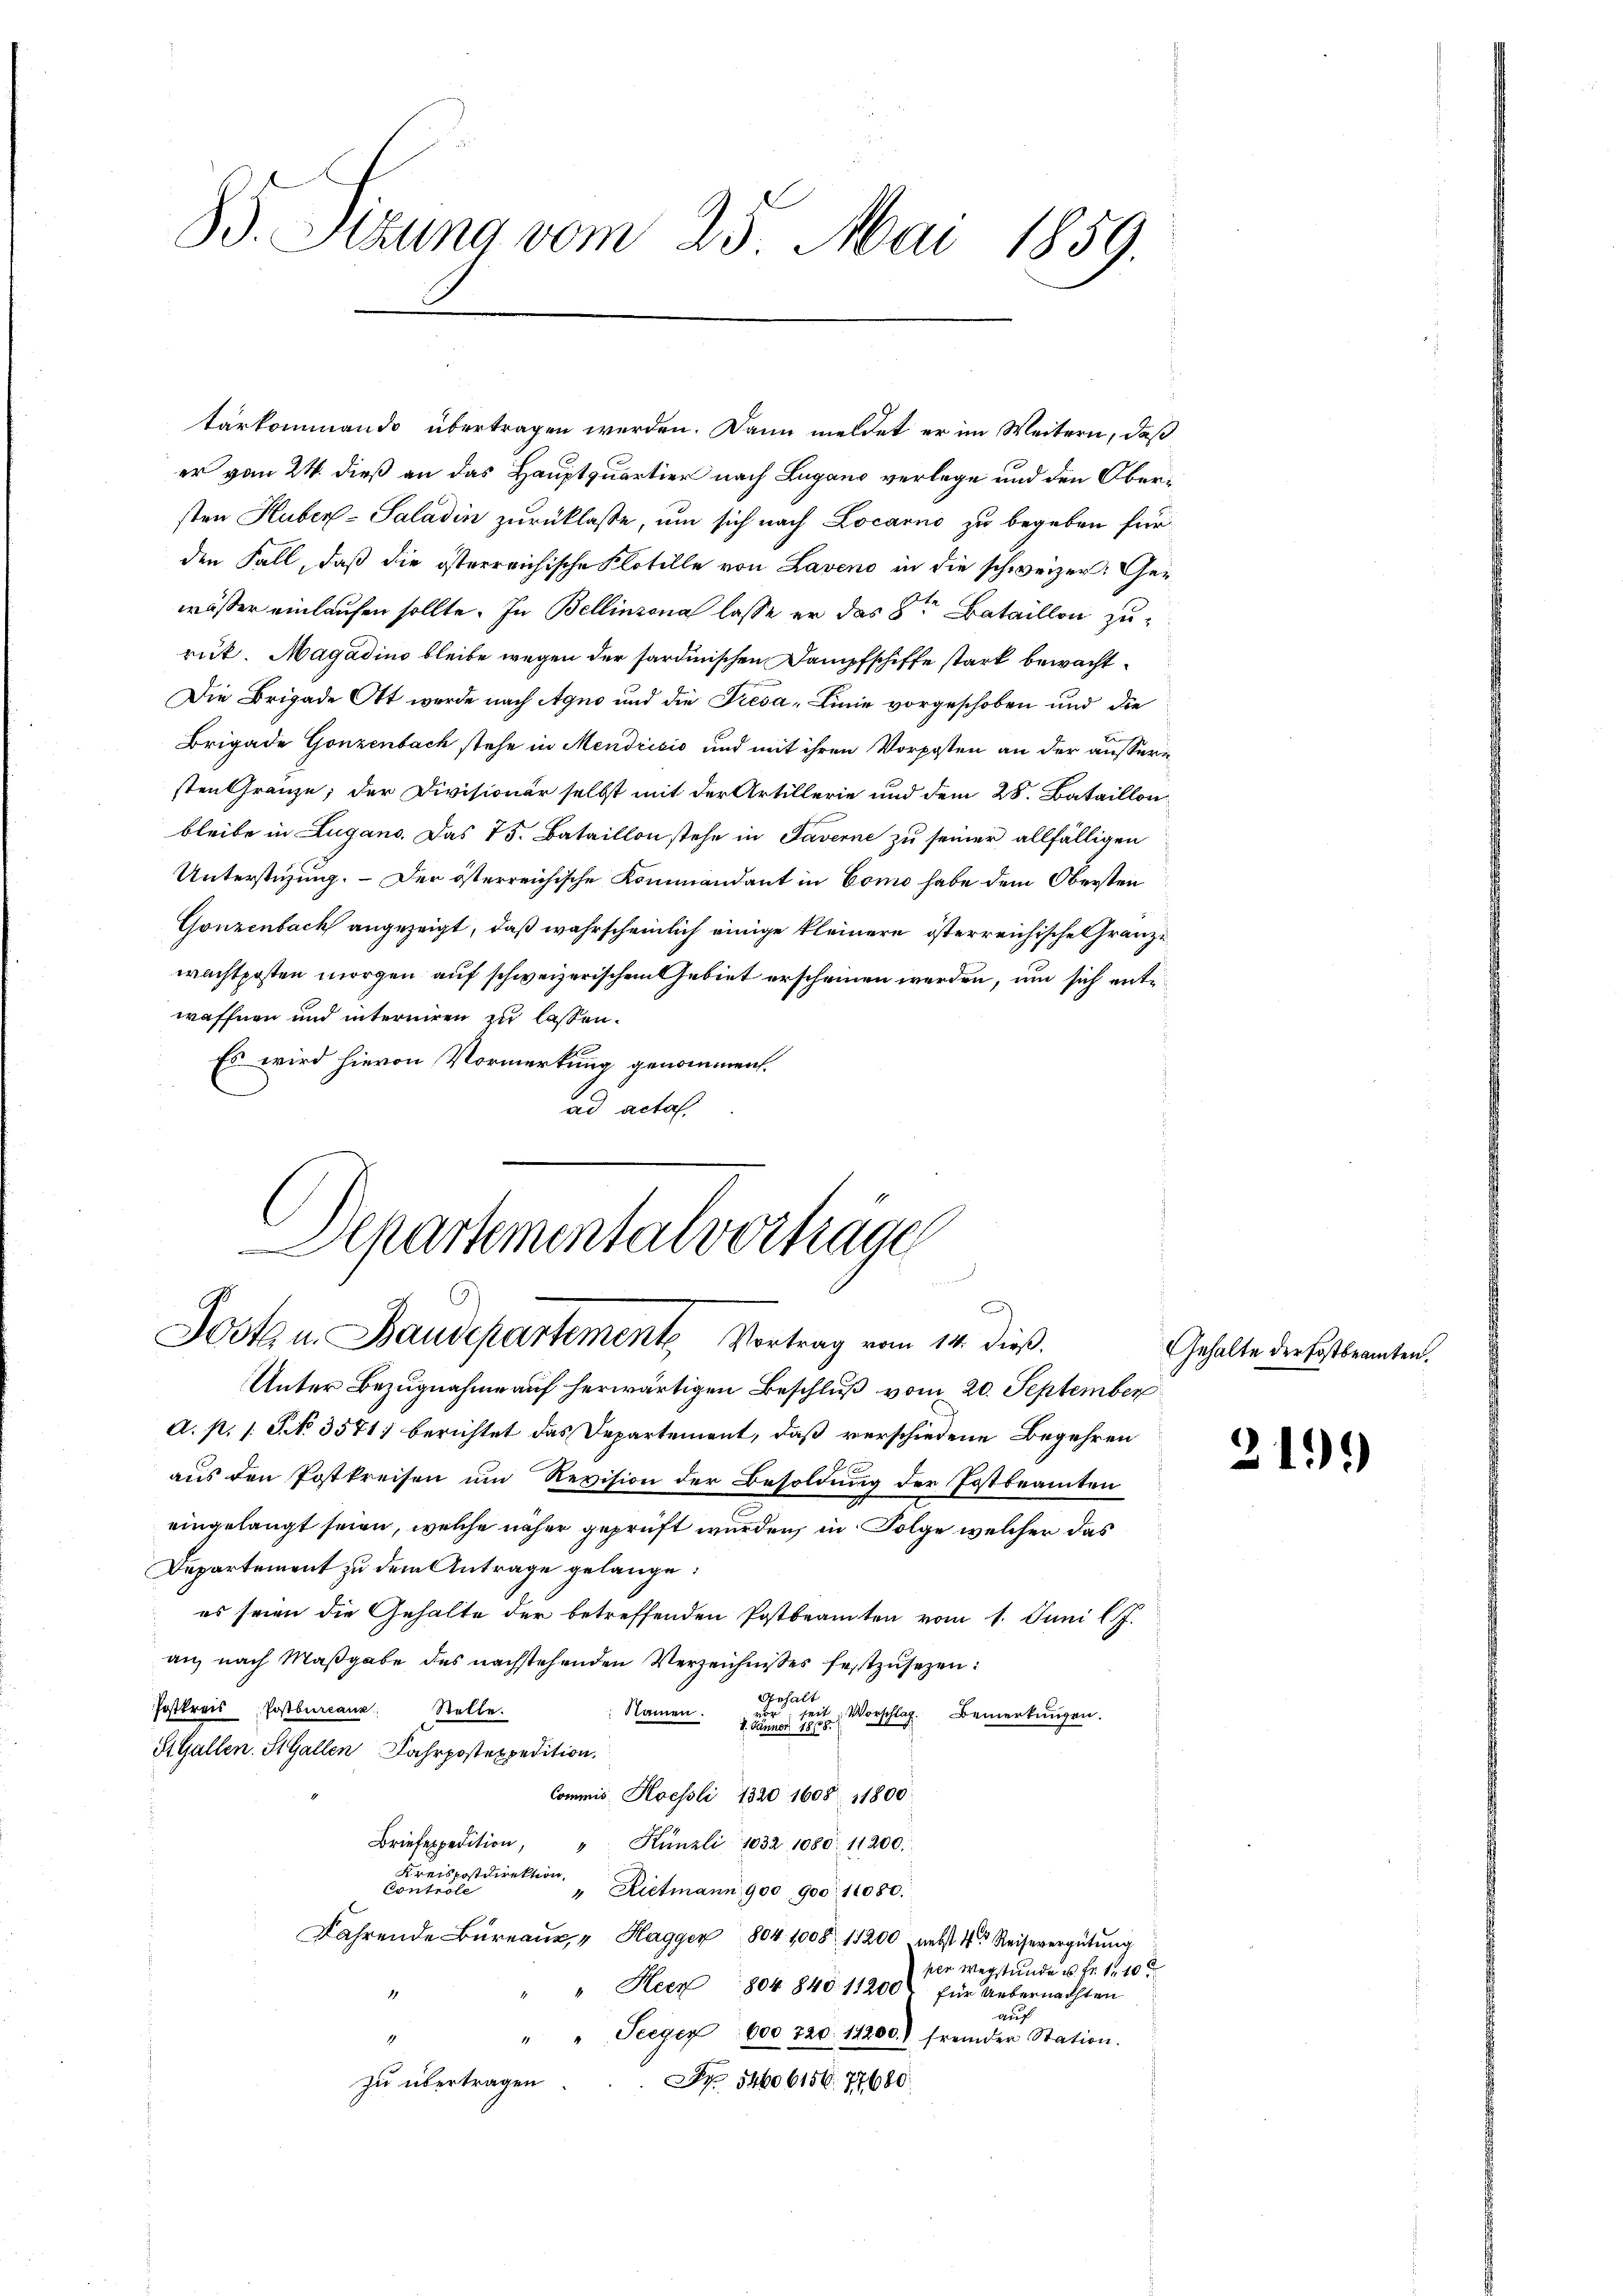
85. Sizung vom 25. Mai 1859.

tärkommando übertragen werden. Dann meldet er im Weitern, daß
er vom 24. dieß an das Hauptquartier nach Lugano verlege und den Obersten Huber-Saladin zurücklasse, um sich nach Locarno zu begeben für
den Fall, daß die österreichische Flotille von Laveno in die schweizer Gewässer einlaufen sollte. In Bellinzona lasse er das 8ten Bataillon zurut. Magadino bleibe wegen der sardinischen Dampfschiffe stark bewacht
Die Brigade Ott werde nach Agno und die Tresa-Linie vorgeschoben und die
Brigade Gonzenbach stehe in Mendrisio und mit ihren Vorposten an der äussern
sten Gränze; der Divisionär selbst mit der Artillerie und dem 28. Bataillon
bleibe in Lugano. Das 15. Bataillon stehe in Taverne zu seiner allfälligen
Unterstüzung. – Der österreichische Kommandant in Como habe dem Obersten
Gonzenbach angezeigt, daß wahrscheinlich einige kleinere österreichische Granze
wachtposten morgen auf schweizerischem Gebiet erscheinen werden, um sich entwaffnen und interniren zu lassen.
Es wird hievon Vormerkung genommen.
ad acta.

Aepartementalvortrage
)
Jostz u. Baudepartemente Vortrag vom 14. des

Unter Bezugnahme auf herwärtigen Beschluß vom 20. September
a. p. 1 S. 3571) berichtet das Departement, daß verschiedene Begehren
aus den Postkreisen um Revision der Besoldung der Postbeamten
eingelangt seien, welche näher geprüft wurden, in Folge welcher das
Departement zu dem Antrage gelange:
es seien die Gehalte der betreffenden Postbeamten vom 1. Juni l. J.
an, nach Maßgabe des nachstehenden Verzeichnisses festzusehen:
Gerhalt
Postkreis Postbureaux: Stelle.
Namen.
seit Vorschlag. Bemerkungen.
1. Jänner 1808.
St. Gallen. St. Gallen Fahrpostexpedition.
Commis Hochsli 1320 1608 11800
Brexpedition, " Künzli 1832 1080. 11200.
Kreispostdirektion
Controlle
" Rietmann, 900, 1900 11080.
Fahrende Büreaŭs " Hagger 1804. 1008. 11200 nebst 4 Reisevergütung
per Verstunde u. fr. 110
" Neen 804 840. 11200 für Uebernachten
1
auf
" " Seegen 600 720. 14200.) fremder Station.
1
S 54606156. 77680
zu übertragen

Gehalte der Postbeamten.

21.)